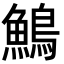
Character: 鷠